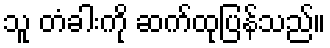
သူ တံခါးကို ဆက်ထုပြန်သည်။